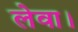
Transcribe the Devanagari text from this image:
लेवा।